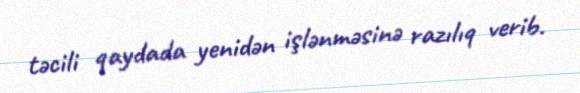
təcili qaydada yenidən işlənməsinə razılıq verib.